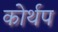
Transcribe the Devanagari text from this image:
कोर्थप